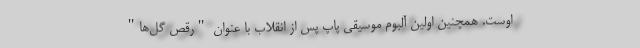
اوست. همچنین اولین آلبوم موسیقی پاپ پس از انقلاب با عنوان "رقص گل‌ها"